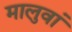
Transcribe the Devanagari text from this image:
मालुवां